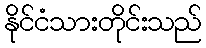
နိုင်ငံသားတိုင်းသည်